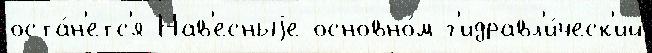
оста́н'етс'я Нав'есныjе основно́м г'идравл'и́ческ'ий